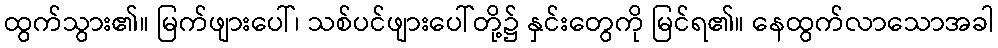
ထွက်သွား၏။ မြက်ဖျားပေါ်၊ သစ်ပင်ဖျားပေါ်တို့၌ နှင်းတွေကို မြင်ရ၏။ နေထွက်လာသောအခါ